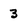
Character: 3